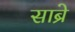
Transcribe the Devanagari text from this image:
साब्रे